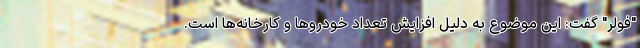
"فولر" گفت: این موضوع به دلیل افزایش تعداد خودروها و کارخانه‌ها است.